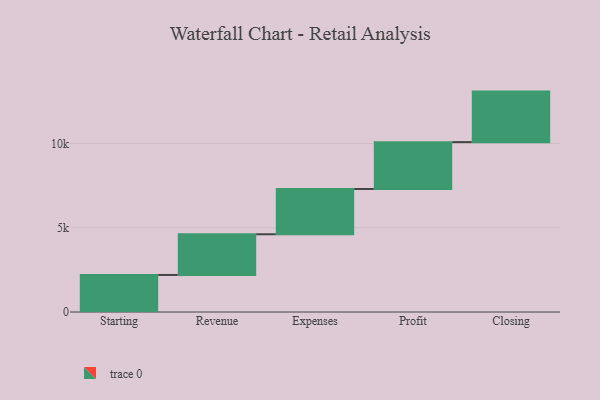
{"axis": {"x": "Step", "y": "Value"}, "legend": [""], "data": [{"x": "Starting", "y": 2199.0, "type": ""}, {"x": "Revenue", "y": 2416.0, "type": ""}, {"x": "Expenses", "y": 2690.0, "type": ""}, {"x": "Profit", "y": 2781.0, "type": ""}, {"x": "Closing", "y": 3000, "type": ""}]}